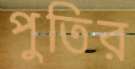
পুতির